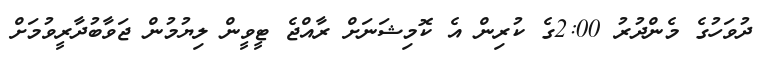
ދުވަހުގެ މެންދުރު 2:00ގެ ކުރިން އެ ކޮމިޝަނަށް ރާއްޖެ ޓީވީން ލިޔުމުން ޖަވާބުދާރީވުމަށް